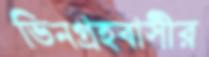
ভিনগ্রহবাসীর